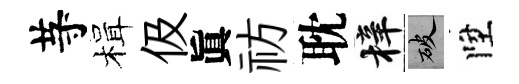
䒭楫伋眞祊耽梓破陞